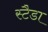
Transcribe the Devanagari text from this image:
स्टैडा